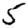
Digit: 5